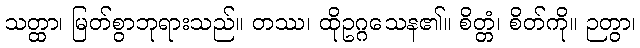
သတ္ထာ၊ မြတ်စွာဘုရားသည်။ တဿ၊ ထိုဥဂ္ဂသေန၏။ စိတ္တံ၊ စိတ်ကို။ ဉတွာ၊